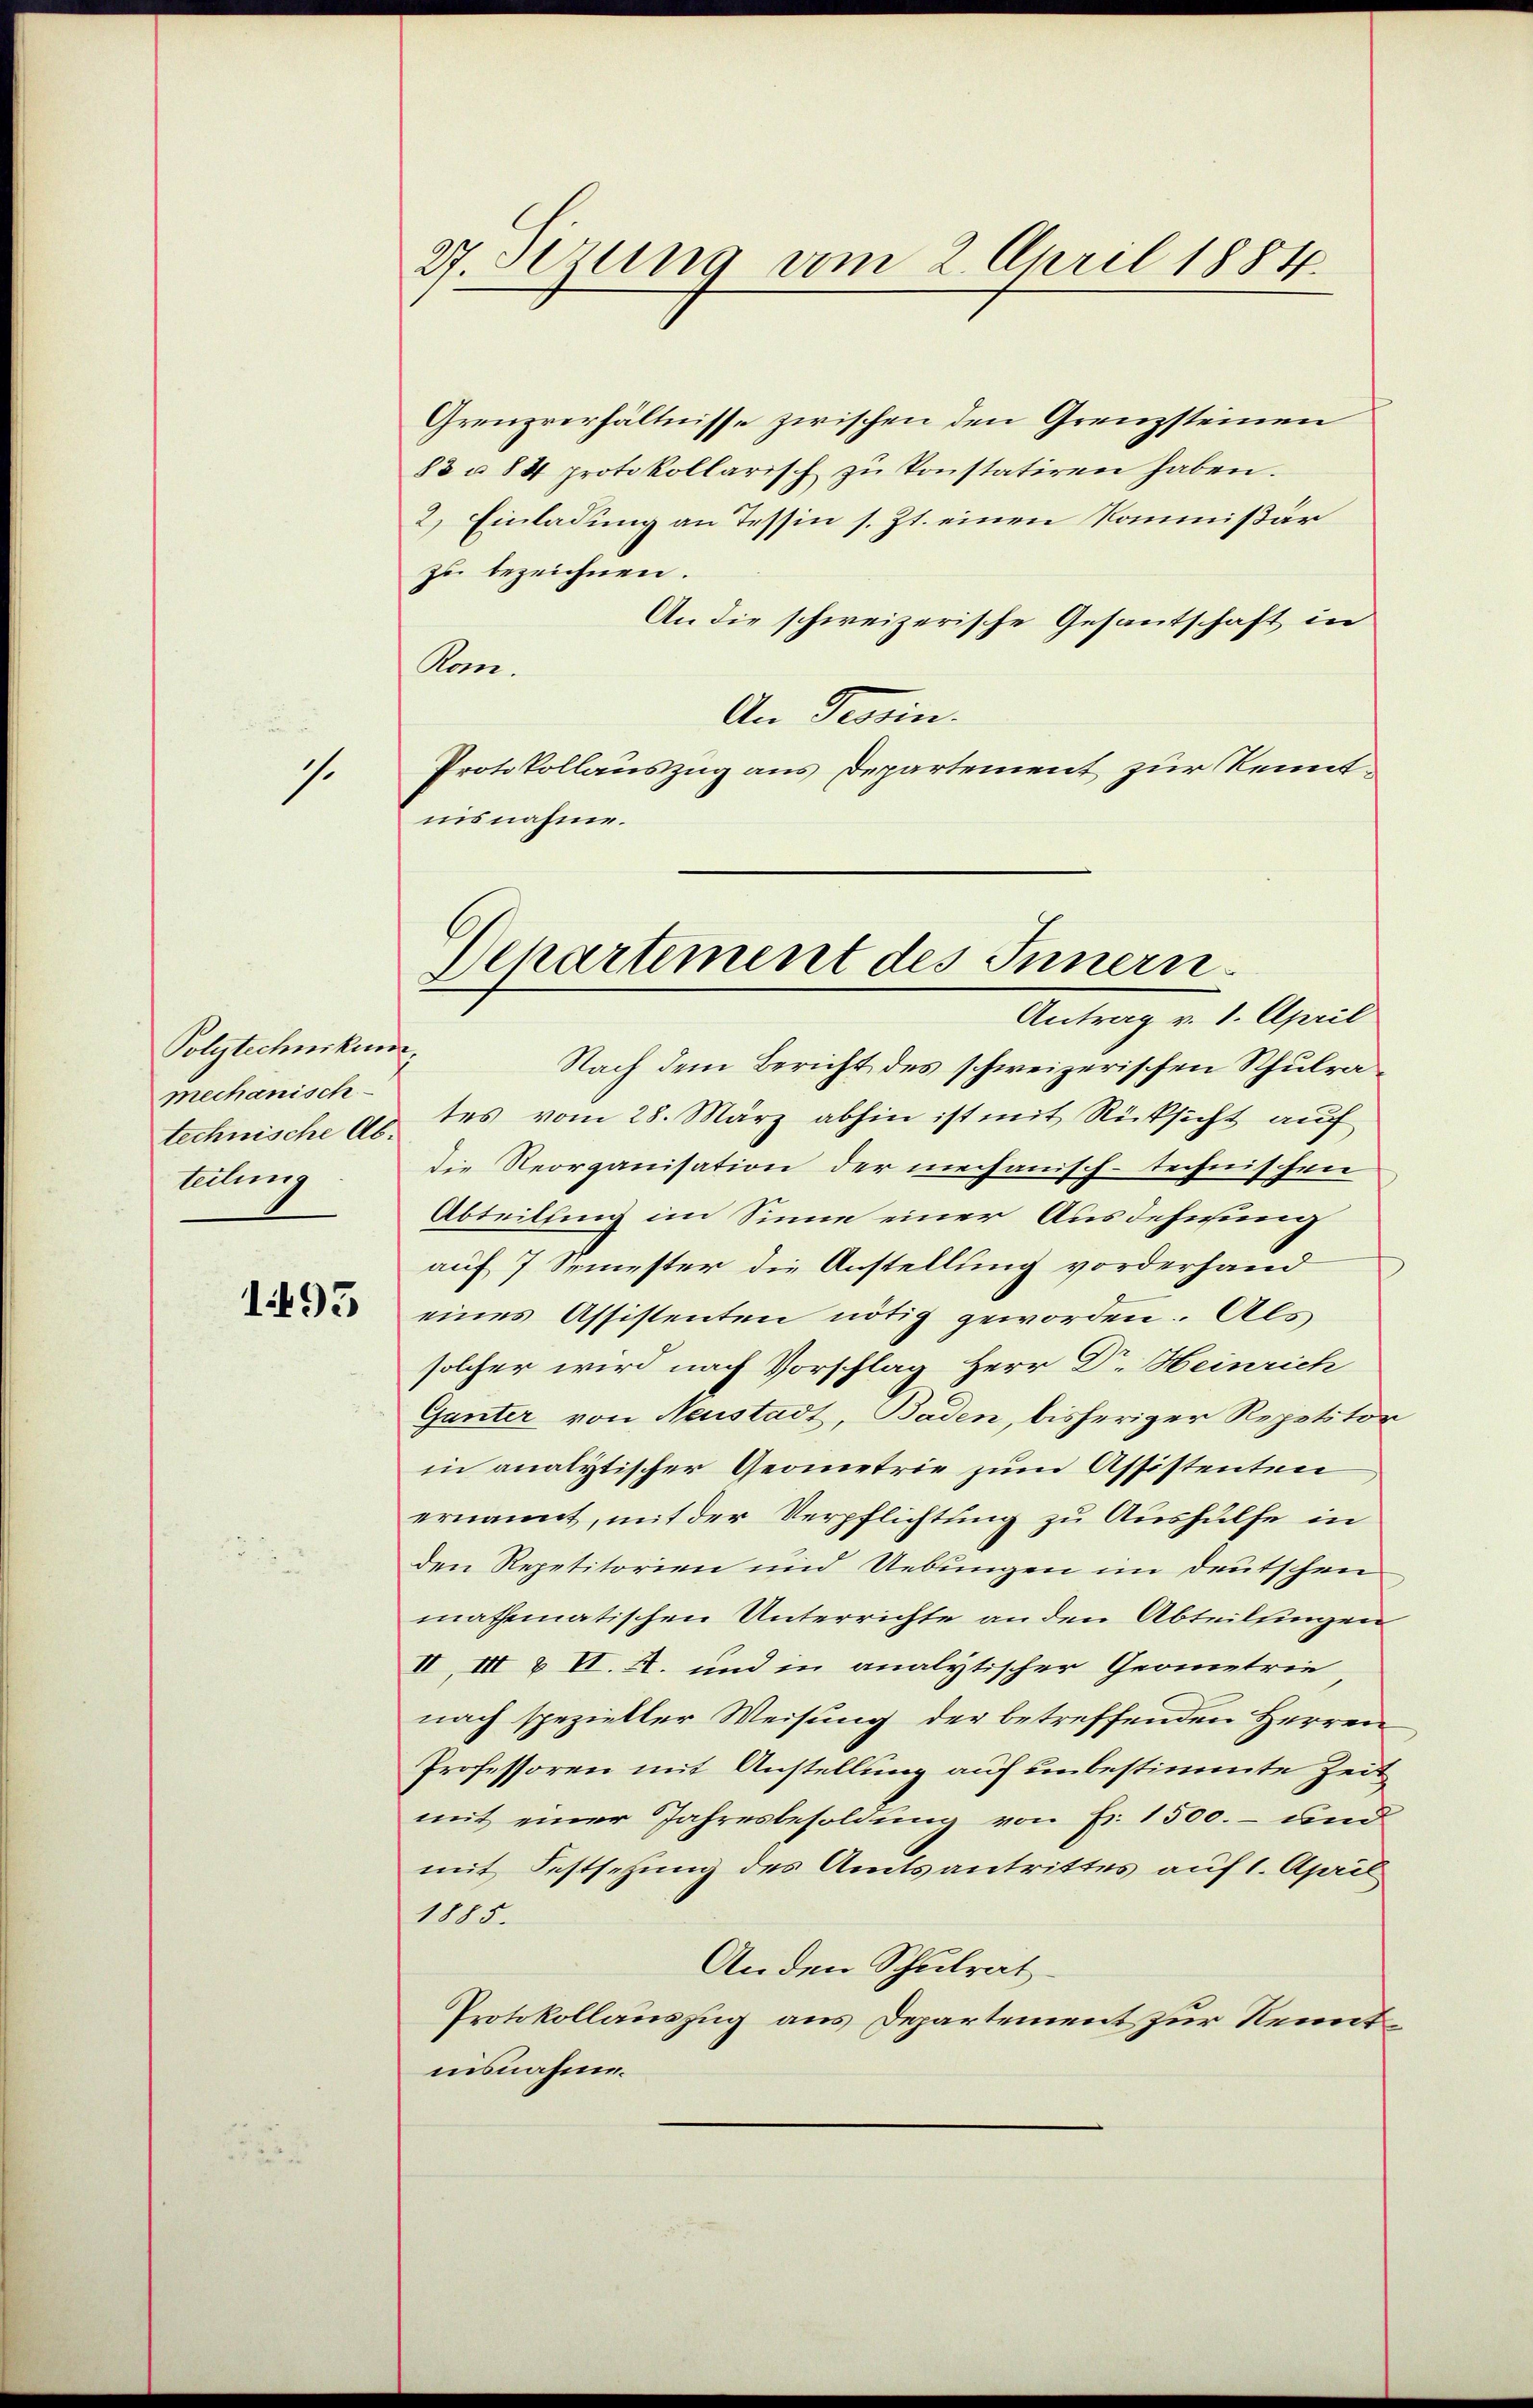
s.

Polytechnikum.
mechanisch
teilung

195

Grenzverhältnisse zwischen den Grenzsteinen
83 u. 84 protokollarisch zŭ konstatiren haben.
2) Einladung an Tessin s. Zt. einen Kommißär
zu bezeichnen.
An die schweizerische Gesantschaft in
Rom.
An Tessin.
Protokollauszug aus Departement zur Kenntnisnahme.

27. Setzung vom 2. April 1884.

Nach dem Bericht des schweizerischen Schulratechnische 40 des vom 28. März abhin ist mit Rücksicht auf
die Reorganisation der mechanisch-technischen
Abteilung im Sinne einer Ausdehnung
auf 7 Semester die Anstellung vorderhand
eines Assistenten nötig geworden. Als
solcher wird nach Vorschlag Herr Dr. Heinrich
Gunter von Neustadt, Baden, bisheriger Repetitor
in analytischer Geometrie zum Assistenten
ernannt, mit der Verpflichtung zu Aushülfe in
den Repetitorien und Uebungen im Deutschen
mathematischen Unterrichte an den Abteilungen
II, III & II. A. und in analytischer Geometrie
nach spezieller Weisung der betreffenden Herren
Professoren mit Anstellung auf unbestimmte Zeit
mit einer Jahresbesoldung von Fr. 1500.- und
mit Festsetzung des Amtsantrittes auf 1. April
1885.
Anden Schulrat
Protokollauszug aus Departement zur Kenntausnahme.

Departement des Innern.
Antrag v. 1. April